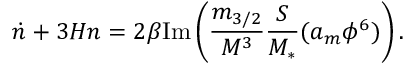
\dot { n } + 3 H n = 2 \beta \mathrm { I m } \left( \frac { m _ { 3 / 2 } } { M ^ { 3 } } \frac { S } { M _ { * } } ( a _ { m } \phi ^ { 6 } ) \right) .